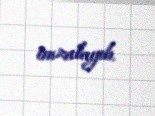
imzalayıb.